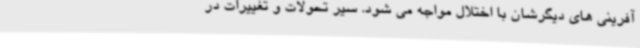
آفرینی های دیگرشان با اختلال مواجه می شود. سیر تحولات و تغییرات در